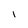
Character: i